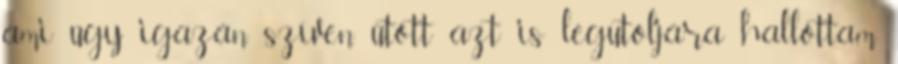
ami úgy igazán szíven ütött azt is legutoljára hallottam